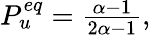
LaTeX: \begin{array}{r}{P_{u}^{eq}=\frac{\alpha-1}{2\alpha-1},}\end{array}